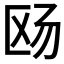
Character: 𪟮